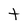
Character: t